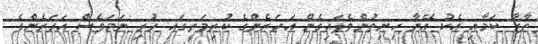
ތާޒާ ކަމާއި އެކު އޭނާ ހިނިތުންވެލައިގެން އަހަރެންގެ ކުރިމަތީގައި ހުރި ނަމަވެސް އަހަރެންގެ